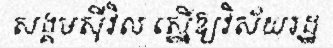
សង្គមស៊ីវិល ស្នើឱ្យវិស័យរដ្ឋ